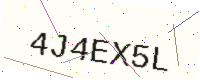
Text: 4J4EX5L